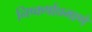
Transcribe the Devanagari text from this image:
निष्कर्षाप्रमाणे